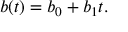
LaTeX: b ( t ) = b _ { 0 } + b _ { 1 } t .